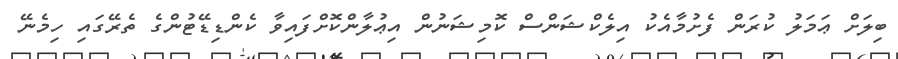
ބިލަށް ޢަމަލު ކުރަން ފެށުމާއެކު އިލެކްޝަންސް ކޮމިޝަނުން އިޢުލާންކޮށްފައިވާ ކެންޑިޑޭޓުންގެ ތެރޭގައި ހިމެނޭ